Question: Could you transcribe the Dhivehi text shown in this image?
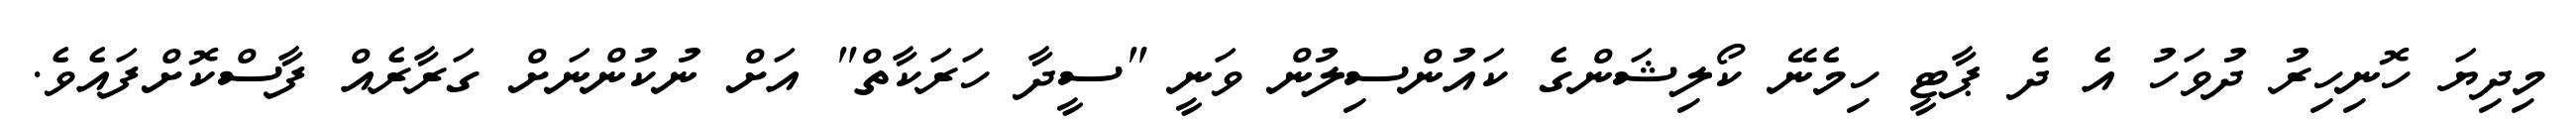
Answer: މިދިޔަ ހޮނިހިރު ދުވަހު އެ ދެ ޕާޓީ ހިމެނޭ ކޯލިޝަންގެ ކައުންސިލުން ވަނީ "ސީދާ ހަރަކާތް" އަށް ނުކުންނަށް ގަރާރެއް ފާސްކޮށްފައެވެ.